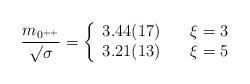
\begin{align*}{{m_{0^{++}}} \over {\surd\sigma}} =\left\{ \begin{array}{ll}3.44(17) & \ \ \ \xi=3 \\3.21(13) & \ \ \ \xi=5\end{array}\right.\end{align*}